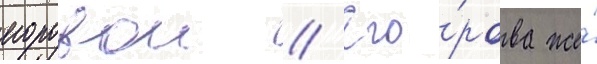
егоровои // Его́рова же́